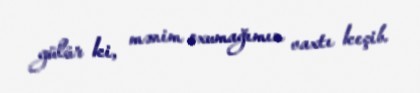
gülür ki, mənim oxumağımın vaxtı keçib.